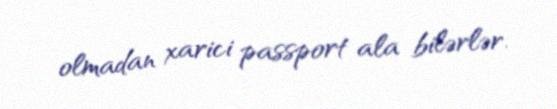
olmadan xarici passport ala bilərlər.